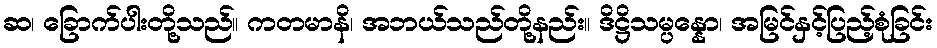
ဆ၊ ခြောက်ပါးတို့သည်။ ကတမာနိ၊ အဘယ်သည်တို့နည်း။ ဒိဋ္ဌိသမ္ပန္နော၊ အမြင်နှင့်ပြည့်စုံခြင်း